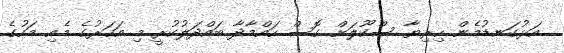
އަޅުގަނޑުމެން ހިރިޔާ ސްކޫލަށް ގޮސް ހައްމާދާ ބައްދަލުކުރީ މި އަހަރުގެ މެއި މަހުގެ